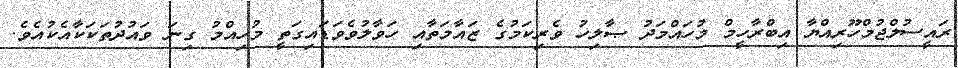
ރައީސުލްޖުމްހޫރިއްޔާ އިބްރާހީމް މުހައްމަދު ޞާލިހު ވެރިކަމުގެ ޒައާމަތާއި ހަވާލުވެވަޑައިގަތީ މުހިއްމު ގިނަ ވައުދުތަކަކާއެކުއެވެ.